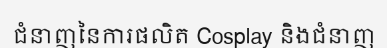
ជំនាញនៃការផលិត Cosplay និងជំនាញ